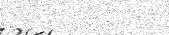
٩٣